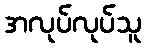
အလုပ်လုပ်သူ